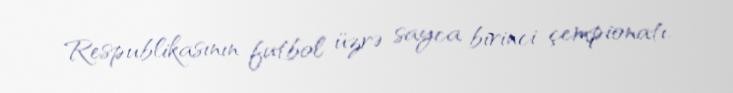
Respublikasının futbol üzrə sayca birinci çempionatı.